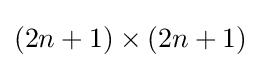
(2n+1)\times (2n+1)